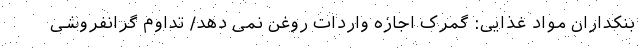
بنکداران مواد غذایی: گمرک اجازه واردات روغن نمی دهد/ تداوم گرانفروشی